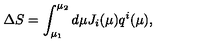
\Delta S = \int _ { \mu _ { 1 } } ^ { \mu _ { 2 } } d \mu J _ { i } ( \mu ) q ^ { i } ( \mu ) ,